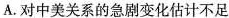
A.对中美关系的急剧变化估计不足